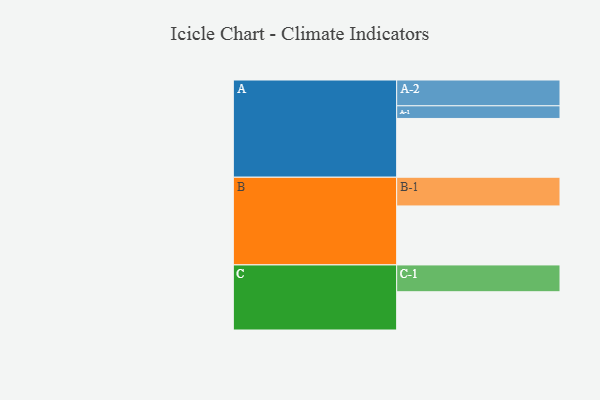
{"axis": {"x": "Segment", "y": "Value"}, "legend": ["", "A", "B", "C"], "data": [{"x": "A", "y": 590, "type": ""}, {"x": "B", "y": 592, "type": ""}, {"x": "C", "y": 384, "type": ""}, {"x": "A-1", "y": 127, "type": "A"}, {"x": "A-2", "y": 259, "type": "A"}, {"x": "B-1", "y": 288, "type": "B"}, {"x": "C-1", "y": 269, "type": "C"}]}